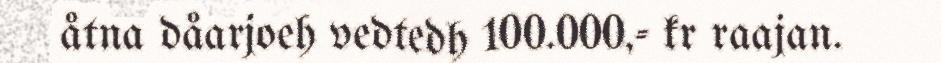
åtna dåarjoeh vedtedh 100.000,- kr raajan.